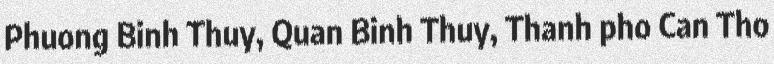
Phuong Binh Thuy, Quan Binh Thuy, Thanh pho Can Tho